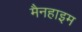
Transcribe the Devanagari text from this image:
मैनहाइम